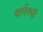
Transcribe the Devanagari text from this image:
कर्मरुपी